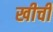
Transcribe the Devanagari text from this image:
खीचीं